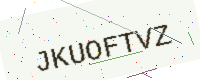
Text: JKUOFTVZ